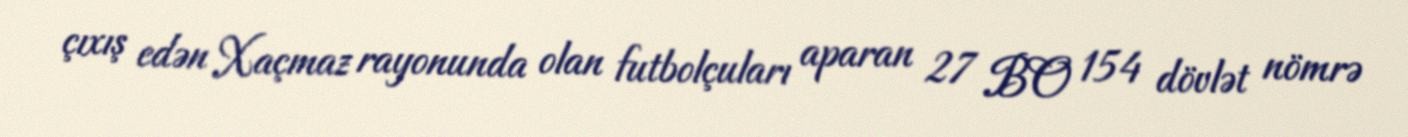
çıxış edən Xaçmaz rayonunda olan futbolçuları aparan 27 BO 154 dövlət nömrə